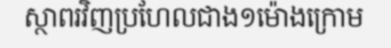
ស្ថាពរវិញប្រហែលជាង១ម៉ោងក្រោម